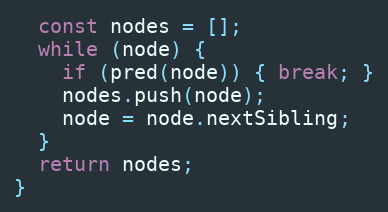
Language: JavaScript
  const nodes = [];
  while (node) {
    if (pred(node)) { break; }
    nodes.push(node);
    node = node.nextSibling;
  }
  return nodes;
}